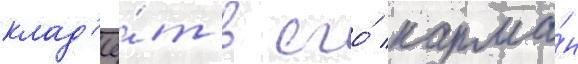
клад'ё́т в его́ карма́н